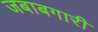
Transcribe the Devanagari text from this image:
जबाबगारी